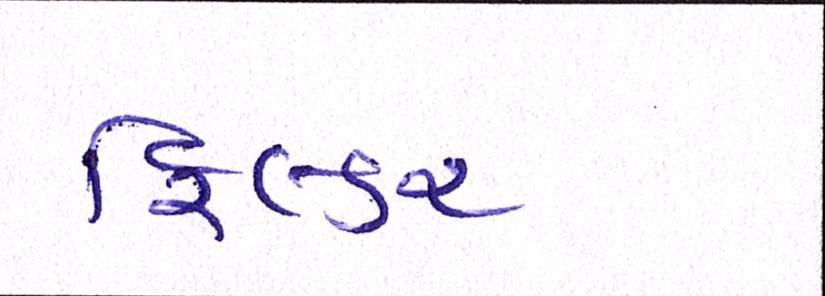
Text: ફિલ્ડર